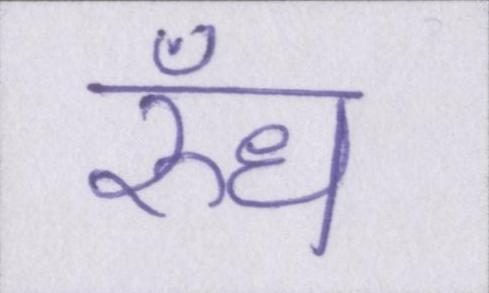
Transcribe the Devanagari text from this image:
रुँध